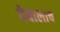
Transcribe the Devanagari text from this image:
देवालाच